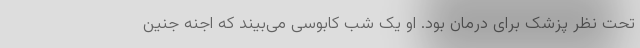
تحت نظر پزشک برای درمان بود. او یک شب کابوسی می‌بیند که اجنه جنین